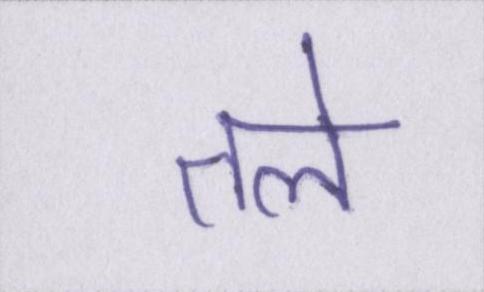
तले